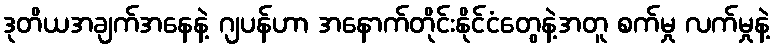
ဒုတိယအချက်အနေနဲ့ ဂျပန်ဟာ အနောက်တိုင်းနိုင်ငံတွေနဲ့အတူ စက်မှု လက်မှုနဲ့